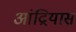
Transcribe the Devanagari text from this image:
आंद्रियास